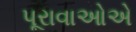
પૂરાવાઓએ